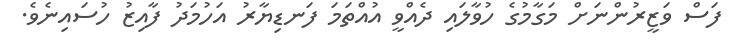
ފަސް ވަޒީރުންނަށް މަގާމުގެ ހުވާލައި ދެއްވީ އުއްތަމަ ފަނޑިޔާރު އަހުމަދު ފާއިޒު ހުސައިނެވެ.